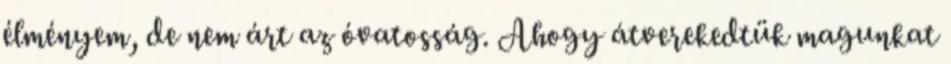
élményem, de nem árt az óvatosság. Ahogy átverekedtük magunkat